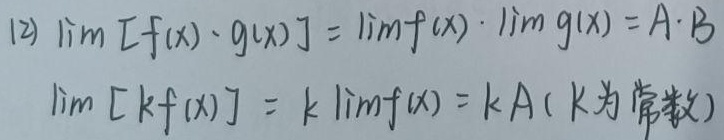
(2) $\lim [f(x)\cdot g(x)]=\lim f(x)\cdot\lim g(x)=A\cdot B$
$\lim [kf(x)] = k\lim f(x)=kA$ ($k$为常数)